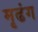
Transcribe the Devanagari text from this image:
मृढंग